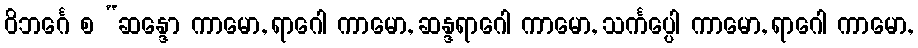
ဝိဘင်္ဂေ စ “ဆန္ဒော ကာမော, ရာဂေါ ကာမော, ဆန္ဒရာဂေါ ကာမော, သင်္ကပ္ပေါ ကာမော, ရာဂေါ ကာမော,